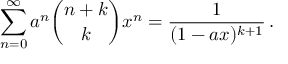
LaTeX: \sum _ { n = 0 } ^ { \infty } a ^ { n } { \binom { n + k } { k } } x ^ { n } = { \frac { 1 } { ( 1 - a x ) ^ { k + 1 } } } \, .